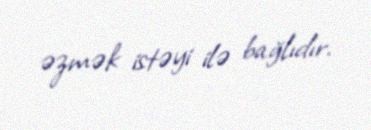
əzmək istəyi ilə bağlıdır.